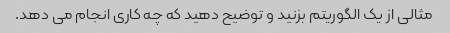
مثالی از یک الگوریتم بزنید و توضیح دهید که چه کاری انجام می دهد.